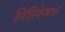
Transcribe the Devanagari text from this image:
लिलियेन्थाल